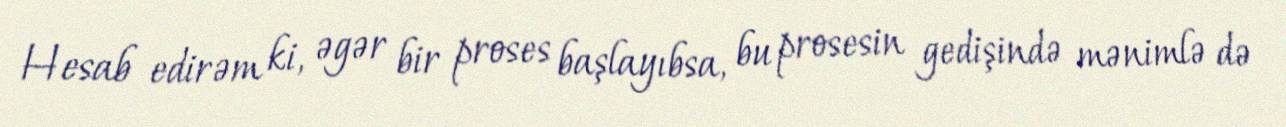
Hesab edirəm ki, əgər bir proses başlayıbsa, bu prosesin gedişində mənimlə də